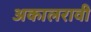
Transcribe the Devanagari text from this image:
अकालरावी